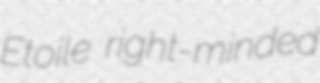
Etoile right-minded